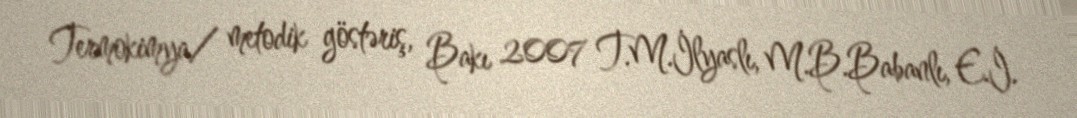
Termokimya/ metodik göstəriş, Bakı 2007 T.M.İlyaslı, M.B.Babanlı, E.İ.